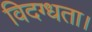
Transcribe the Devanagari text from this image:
विदग्धता।